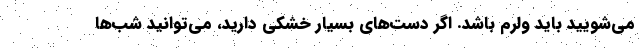
می‌شویید باید ولرم باشد. اگر دست‌های بسیار خشکی دارید، می‌توانید شب‌ها